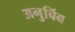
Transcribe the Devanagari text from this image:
अनुबिंब